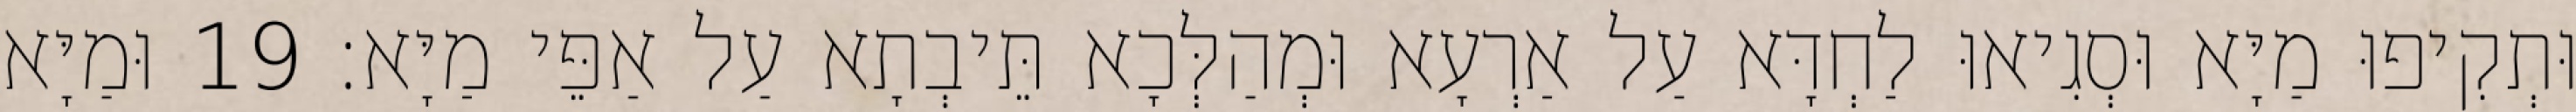
וּתְקִיפוּ מַיָּא וּסְגִיאוּ לַחְדָּא עַל אַרְעָא וּמְהַלְּכָא תֵּיבְתָא עַל אַפֵּי מַיָּא׃ 19 וּמַיָּא